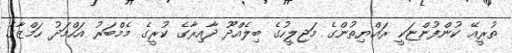
ތުރީއޭ ކުންފުންޏަކީ ރައްޔިތުންގެ މަޖިލީހުގެ ބިލެއްދޫ ދާއިރާގެ ކުރީގެ މެމްބަރު އަހްމަދު ހަމްޒާގެ